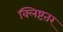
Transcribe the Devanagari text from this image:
क्लिष्टतर